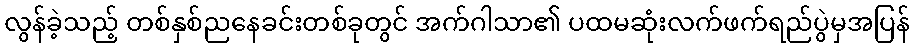
လွန်ခဲ့သည့် တစ်နှစ်ညနေခင်းတစ်ခုတွင် အက်ဂါသာ၏ ပထမဆုံးလက်ဖက်ရည်ပွဲမှအပြန်